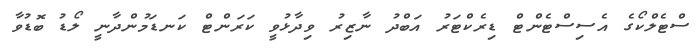
ސްޓެލްކޯގެ އެސިސްޓެންޓް ޑިރެކްޓަރު އަބްދު ނާޒިރު ވިދާޅުވީ ކަރަންޓް ކަނޑަމުންދާނީ ލޯޑު ބޮޑުވާ